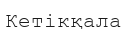
Кетікқала